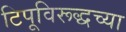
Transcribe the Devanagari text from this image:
टिपूविरूद्धच्या